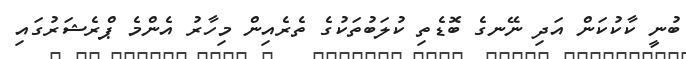
ބުނީ ކާކުކަން އަދި ނޭނގެ ބޮޑެތި ކުލަބުތަކުގެ ތެރެއިން މިހާރު އެންމެ ޕްރެޝަރުގައި